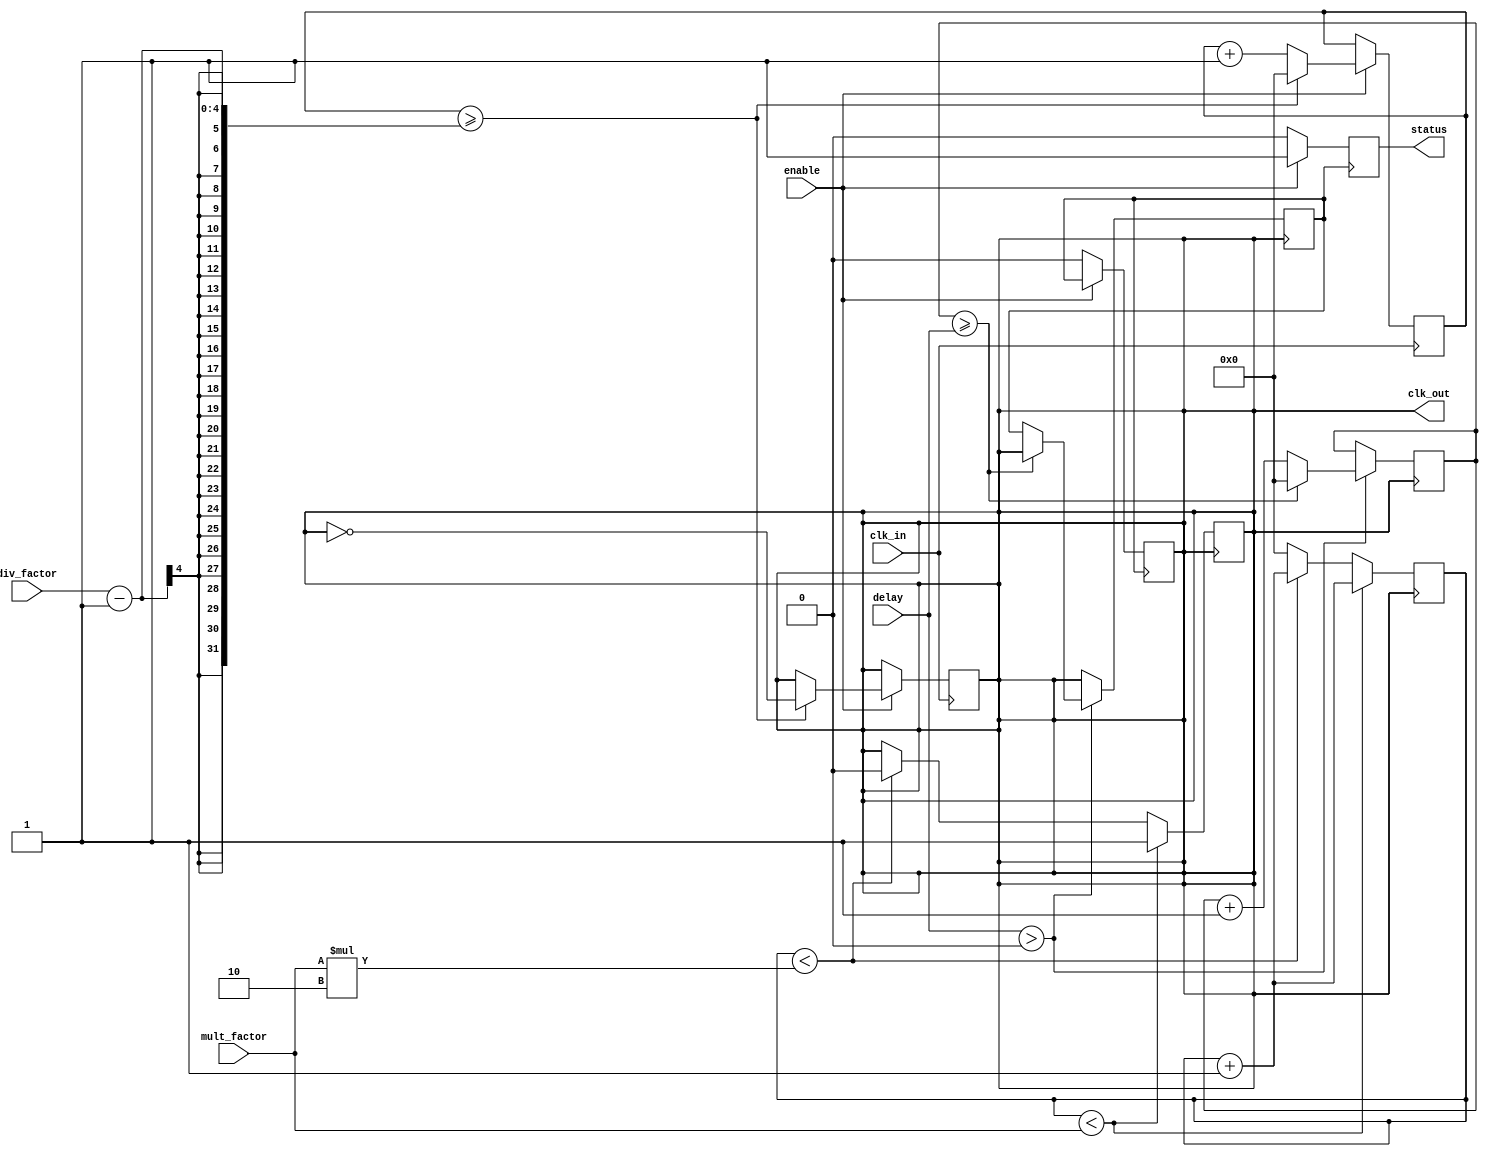
module ProgrammableClockBuffer (
    input wire clk_in,                     // Primary clock input
    input wire [3:0] div_factor,           // Division factor for clock output
    input wire [3:0] mult_factor,          // Multiplication factor for clock output
    input wire [3:0] delay,                 // Delay control for clock output
    input wire enable,                      // Enable control for clock output
    output reg clk_out,                    // Programmable clock output
    output reg status                      // Status indicator
);

    // Internal signals
    reg [31:0] clk_div_counter;            // Counter for clock division
    reg [31:0] clk_mult_counter;           // Counter for clock multiplication
    reg [31:0] clk_delay_counter;          // Counter for delay
    reg clk_delayed;                       // Delayed clock signal

    // Clock division logic
    always @(posedge clk_in) begin
        if (enable) begin
            clk_div_counter <= clk_div_counter + 1;
            if (clk_div_counter >= (div_factor - 1)) begin
                clk_out <= ~clk_out;       // Toggle output clock
                clk_div_counter <= 0;      // Reset counter
            end
        end
    end

    // Clock multiplication logic
    always @(posedge clk_out) begin
        clk_mult_counter <= clk_mult_counter + 1;
        if (clk_mult_counter < mult_factor) begin
            clk_out <= 1'b1;               // Keep output high
        end else if (clk_mult_counter < (mult_factor * 2)) begin
            clk_out <= 1'b0;               // Keep output low
        end else begin
            clk_mult_counter <= 0;          // Reset counter
        end
    end

    // Delay control logic
    always @(posedge clk_out) begin
        if (delay > 0) begin
            clk_delay_counter <= clk_delay_counter + 1;
            if (clk_delay_counter >= delay) begin
                clk_delayed <= clk_out;    // Apply delay
                clk_delay_counter <= 0;     // Reset counter
            end
        end else begin
            clk_delayed <= clk_out;        // No delay
        end
    end

    // Assign delayed clock to output
    always @(posedge clk_delayed) begin
        if (enable) begin
            clk_out <= clk_delayed;        // Output the delayed clock
            status <= 1'b1;                // Indicate clock is active
        end else begin
            clk_out <= 1'b0;               // Disable output clock
            status <= 1'b0;                // Indicate clock is inactive
        end
    end

endmodule